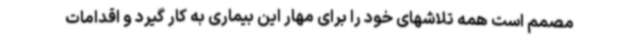
مصمم است همه تلاشهای خود را برای مهار این بیماری به کار گیرد و اقدامات